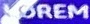
LOREM